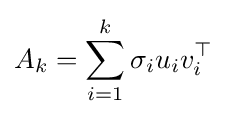
A_{k}=\sum _{i=1}^{k}\sigma _{i}u_{i}v_{i}^{\top }